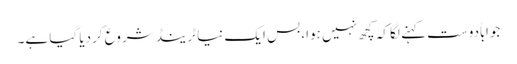
جواباًدوست کہنے لگا کہ کچھ نہیں ہوا، بس ایک نیا ٹرینڈ شروع کردیا گیا ہے۔